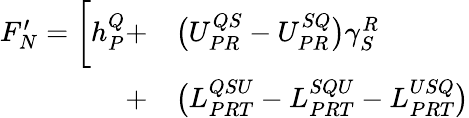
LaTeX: \begin{array}{rl}{F_{N}^{\prime}=\bigg[h_{P}^{Q}+}&{{}\big(U_{PR}^{QS}-U_{PR}^{SQ}\big)\gamma_{S}^{R}}\\ {+}&{{}\big(L_{PRT}^{QSU}-L_{PRT}^{SQU}-L_{PRT}^{USQ}\big)}\end{array}